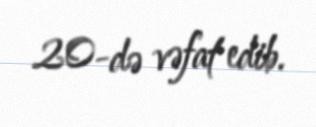
20-də vəfat edib.